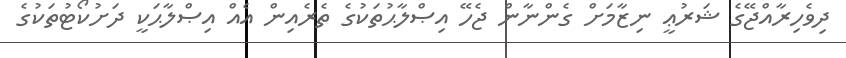
ދިވެހިރާއްޖޭގެ ޝަރުޢީ ނިޒާމަށް ގެންނާން ޖެހޭ އިޞްލާޙުތަކުގެ ތެރެއިން އެއް އިޞްލާޙަކީ ދަށުކޯޓުތަކުގެ